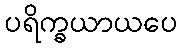
ပရိက္ခယာယပေ